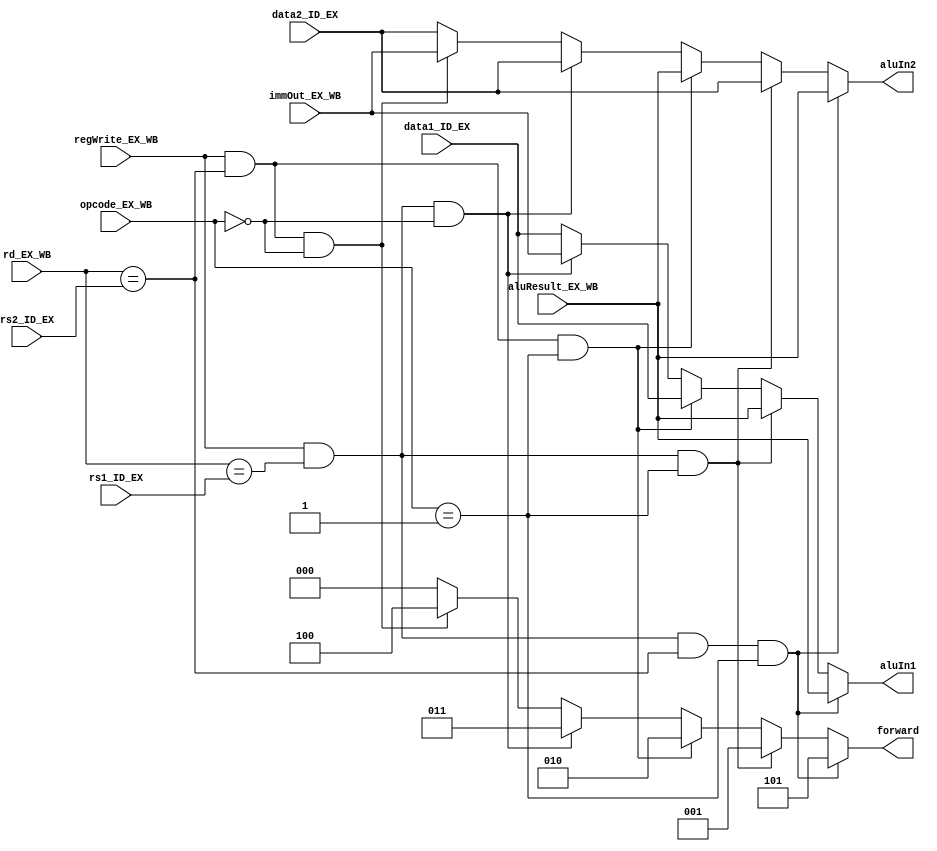
`timescale 1ns / 1ps
//////////////////////////////////////////////////////////////////////////////////
// Company: 
// Engineer: 
// 
// Design Name: 
// Module Name: forwardingUnit
// Project Name: 
// Target Devices: 
// Tool Versions: 
// Description: 
// 
// Dependencies: 
// 
// Revision:
// Revision 0.01 - File Created
// Additional Comments:
// 
//////////////////////////////////////////////////////////////////////////////////


module forwardingUnit(
    input [2:0] rs1_ID_EX, rs2_ID_EX, 
    input [2:0] rd_EX_WB, 
    input [7:0] data1_ID_EX, data2_ID_EX, aluResult_EX_WB, immOut_EX_WB,
    input regWrite_EX_WB, 
    input [1:0] opcode_EX_WB,
   
    output reg [2:0] forward,
    output reg [7:0] aluIn1, 
    output reg [7:0] aluIn2
    );
    
    always @(*)
        begin 
            
            if((regWrite_EX_WB == 1) && (rd_EX_WB == rs1_ID_EX) && (rd_EX_WB == rs2_ID_EX) && (opcode_EX_WB == 2'b01))
                begin 
                forward <= 3'b101; 
                aluIn1 = aluResult_EX_WB; 
                aluIn2 = aluResult_EX_WB; 
                end 
            else if((regWrite_EX_WB == 1) && (rd_EX_WB == rs1_ID_EX) && (opcode_EX_WB == 2'b01)) 
                begin 
                forward <= 3'b001; 
                aluIn1 <= aluResult_EX_WB; 
                aluIn2 <= data2_ID_EX;
                end 
            else if((regWrite_EX_WB == 1) && (rd_EX_WB == rs2_ID_EX) && (opcode_EX_WB == 2'b01)) 
                begin
                forward <= 3'b010;
                aluIn1 <= data1_ID_EX; 
                aluIn2 <= aluResult_EX_WB;
                end 
            else if((regWrite_EX_WB == 1) && (rd_EX_WB == rs1_ID_EX) && (opcode_EX_WB == 2'b00))
                begin 
                forward <= 3'b011; 
                aluIn1 <= immOut_EX_WB; 
                aluIn2 <= data2_ID_EX;
                end 
            else if((regWrite_EX_WB == 1) && (rd_EX_WB == rs2_ID_EX) && (opcode_EX_WB == 2'b00))
                begin 
                forward <= 3'b100; 
                aluIn1 = data1_ID_EX; 
                aluIn2 = immOut_EX_WB;
                end 
            else 
                begin 
                forward <= 3'b000; 
                aluIn1 = data1_ID_EX; 
                aluIn2 = data2_ID_EX;
                end
                
        end 
       
endmodule